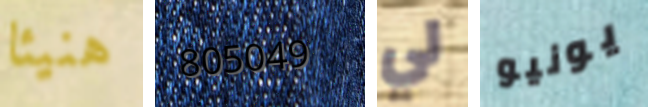
هنيئا 805049 لي يونيو